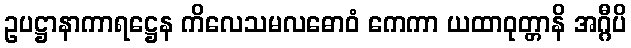
ဥပဋ္ဌာနာကာရဋ္ဌေန ကိလေသမလဓောဝံ ကေကာ ယထာဝုတ္တာနိ အဂ္ဂီပိ